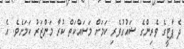
ދެ ޕާޓީގެ ވެރިންގެ ޝައުގުވެރި ކަމަށް މަސައްކަތް ކުރާ މަންޒަރު ކަމަށެވެ. އެ